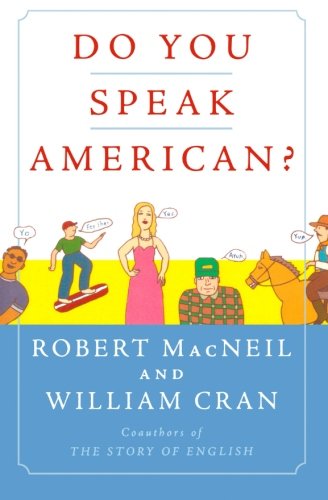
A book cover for Do You Speak American?; Robert MacNeil; Reference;